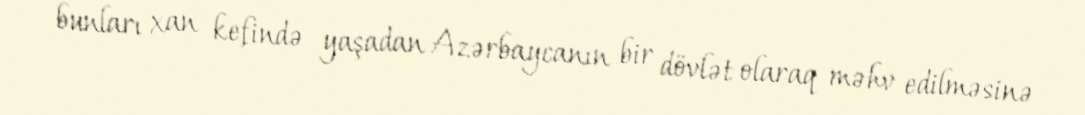
bunları xan kefində yaşadan Azərbaycanın bir dövlət olaraq məhv edilməsinə